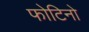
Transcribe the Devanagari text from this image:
फोटिनो